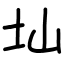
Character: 圸